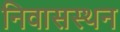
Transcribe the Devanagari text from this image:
निवासस्थन